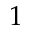
1